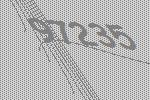
97235